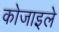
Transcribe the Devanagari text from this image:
कोजाइले